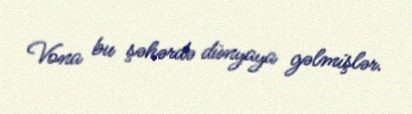
Vona bu şəhərdə dünyaya gəlmişlər.